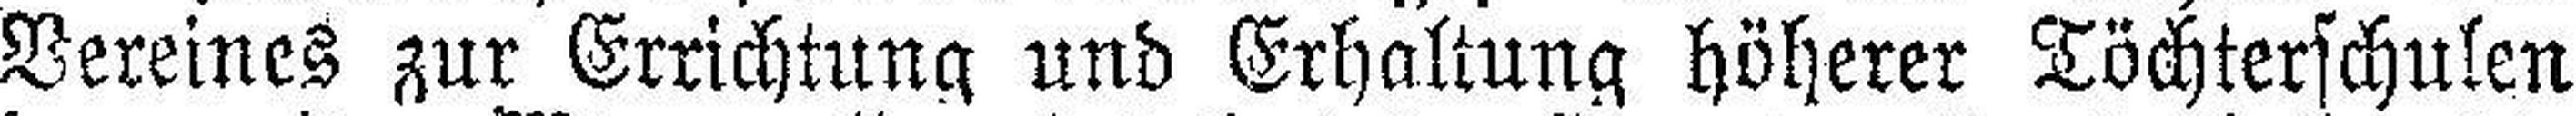
Vereines zur Errichtung und Erhaltung höherer Töchterschulen